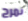
نمرح